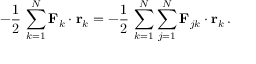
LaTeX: - { \frac { 1 } { 2 } } \, \sum _ { k = 1 } ^ { N } \mathbf { F } _ { k } \cdot \mathbf { r } _ { k } = - { \frac { 1 } { 2 } } \, \sum _ { k = 1 } ^ { N } \sum _ { j = 1 } ^ { N } \mathbf { F } _ { j k } \cdot \mathbf { r } _ { k } \, .